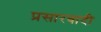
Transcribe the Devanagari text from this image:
प्रसारवादी